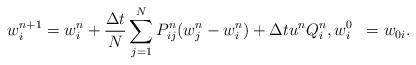
LaTeX: \begin{align*}\begin{aligned}w^{n+1}_i&=w^n_i+\frac{\Delta t}{N}\sum_{j=1}^{N}P^n_{ij}(w^n_j-w^n_i)+\Delta t u^nQ_i^n,w^0_i &= w_{0i}.\end{aligned}\end{align*}